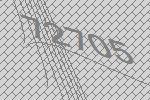
72705